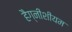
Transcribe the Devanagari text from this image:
हैग्नीशीयम